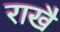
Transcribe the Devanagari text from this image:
राखै